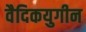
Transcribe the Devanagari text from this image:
वैदिकयुगीन